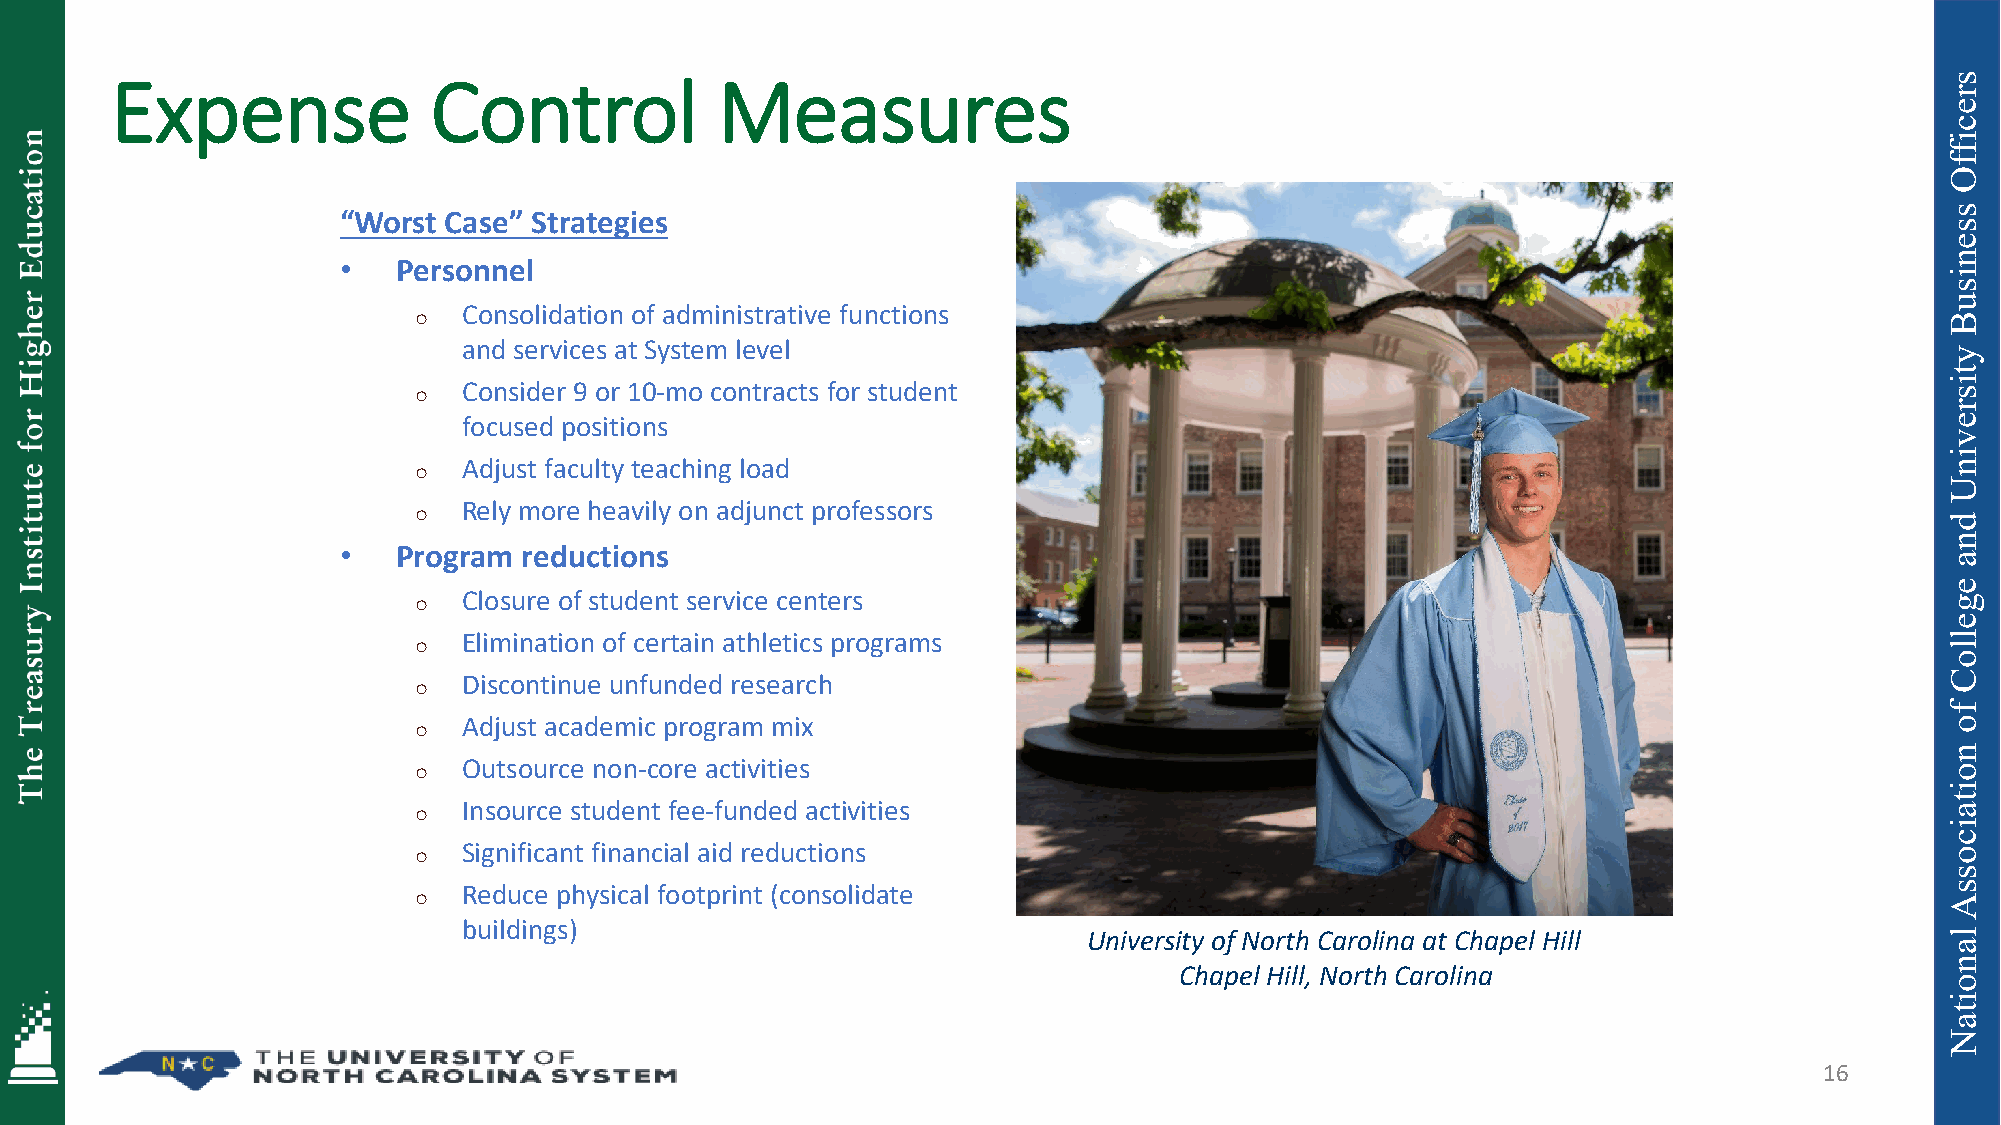
Expense              Control            Measures
 “Worst Case” Strategies
 •  Personnel
 Consolidation of administrative functions
 o
 and services at System level
 Consider 9 or 10-mo contracts for student
 o
 focused positions
 Adjust faculty teaching load
 o
 Rely more heavily on adjunct professors
 o
 •  Program  reductions
 Closure of student service centers
 o
 Elimination of certain athletics programs
 o
 Discontinue unfunded research
 o
 Adjust academic program mix
 o
 Outsource non-core activities
 o
 Insource student fee-funded activities
 o
 Significant financial aid reductions
 o
 Reduce physical footprint (consolidate
 o
 buildings)
 University of North Carolina at Chapel Hill
 Chapel Hill, North Carolina
 16
 sreciffO
 ssenisuB
 ytisrevinU
 dna
 egelloC
 fo
 noitaicossA
 lanoitaN